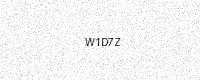
Text: W1D7Z